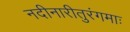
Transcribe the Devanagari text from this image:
नदीनारीतुरंगमाः